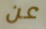
عن